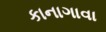
કાનાગાવા